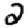
Digit: 2